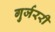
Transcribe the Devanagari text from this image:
गुर्जररी